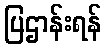
ပြဌာန်းရန်